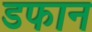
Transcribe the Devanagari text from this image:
डफान